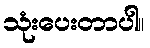
သုံးပေးတာပါ။